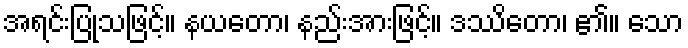
အရင်းပြုသဖြင့်။ နယတော၊ နည်းအားဖြင့်။ ဒဿိတော၊ ၏။ သော